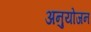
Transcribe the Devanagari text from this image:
अनुयोजन